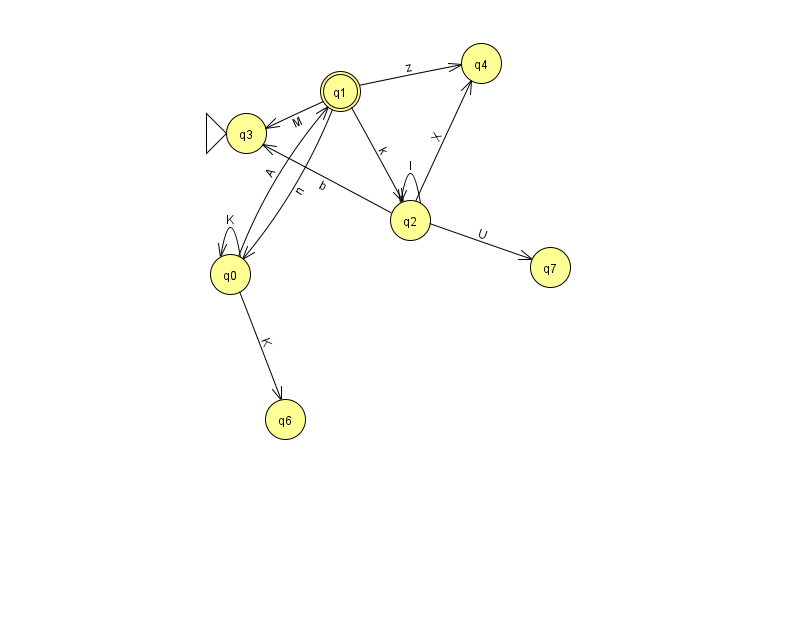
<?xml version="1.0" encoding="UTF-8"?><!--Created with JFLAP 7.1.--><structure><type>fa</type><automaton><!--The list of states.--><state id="0" name="q0"><x>230.0</x><y>261.0</y></state><state id="1" name="q1"><x>340.0</x><y>78.0</y><final/></state><state id="2" name="q2"><x>410.0</x><y>207.0</y></state><state id="3" name="q3"><x>246.0</x><y>120.0</y><initial/></state><state id="4" name="q4"><x>481.0</x><y>50.0</y></state><state id="6" name="q6"><x>285.0</x><y>406.0</y></state><state id="7" name="q7"><x>550.0</x><y>254.0</y></state><!--The list of transitions.--><transition><from>1</from><to>4</to><read>z</read></transition><transition><from>2</from><to>4</to><read>X</read></transition><transition><from>0</from><to>6</to><read>K</read></transition><transition><from>0</from><to>1</to><read>A</read></transition><transition><from>2</from><to>3</to><read>b</read></transition><transition><from>2</from><to>7</to><read>U</read></transition><transition><from>1</from><to>2</to><read>k</read></transition><transition><from>2</from><to>2</to><read>I</read></transition><transition><from>0</from><to>0</to><read>K</read></transition><transition><from>1</from><to>0</to><read>n</read></transition><transition><from>1</from><to>3</to><read>M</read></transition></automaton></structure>